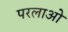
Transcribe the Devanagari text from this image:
परलाओ